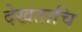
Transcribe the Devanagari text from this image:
देखताचि